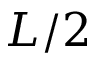
L / 2